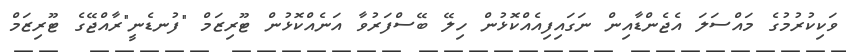
ވަކިކުރުމުގެ މައްސަލަ އެޖެންޑާއިން ނަގައިފިއެއްކޮޅުން ހިލޭ ބޭސްފަރުވާ އަނެއްކޮޅުން ޓޫރިޒަމް "ފުނޑެނީ"ރާއްޖޭގެ ޓޫރިޒަމް